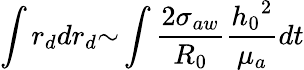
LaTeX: \int{r_{d}dr_{d}}{\sim}\int\frac{2{\sigma}_{aw}}{R_{0}}\frac{{h_{0}}^{2}}{{\mu}_{a}}dt